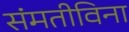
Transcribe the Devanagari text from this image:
संमतीविना